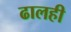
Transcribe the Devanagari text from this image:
ढालही